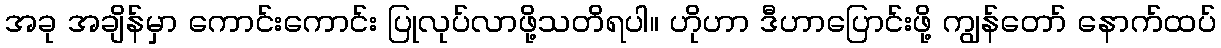
အခု အချိန်မှာ ကောင်းကောင်း ပြုလုပ်လာဖို့သတိရပါ။ ဟိုဟာ ဒီဟာပြောင်းဖို့ ကျွန်တော် နောက်ထပ်